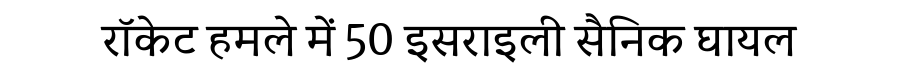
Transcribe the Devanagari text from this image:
रॉकेट हमले में 50 इसराइली सैनिक घायल